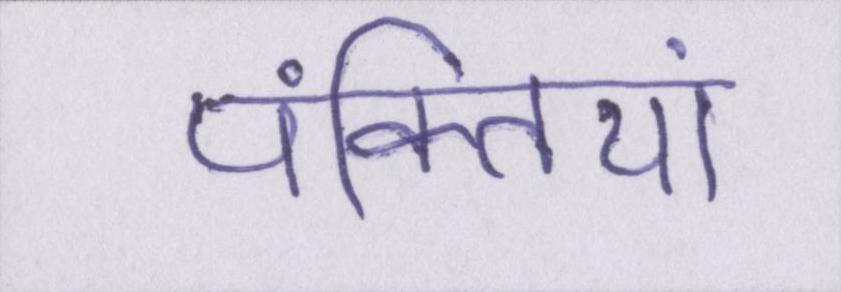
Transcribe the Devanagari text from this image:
पंक्तियां